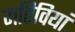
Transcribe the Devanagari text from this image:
गतिवियां